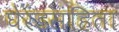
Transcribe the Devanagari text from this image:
घेरंडसंहिता